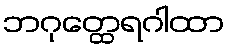
ဘဂုတ္ထေရဂါထာ